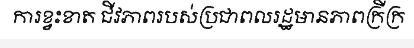
ការខ្វះខាត ជីវភាពរបស់ប្រជាពលរដ្ឋមានភាពក្រីក្រ